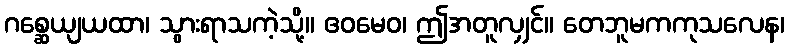
ဂစ္ဆေယျယထာ၊ သွားရာသကဲ့သို့။ ဧဝမေဝ၊ ဤအတူလျှင်။ တေဘူမကကုသလေန၊